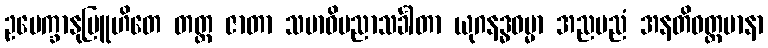
ဥပေက္ခာနုဗြူဟိတေ တတ္ထ ဇာတာ သမာဓိပညာသင်္ခါတာ ယုဂနဒ္ဓဓမ္မာ အညမညံ အနတိဝတ္တမာနာ